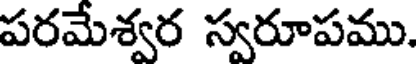
పరమేశ్వర స్వరూపము.